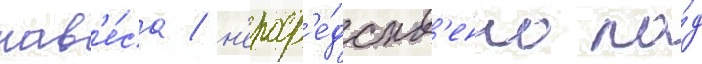
нав'е́са / н'епоср'е́дств'енно по́д